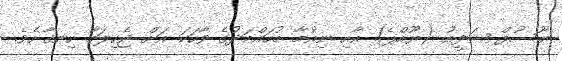
ޔޫސުފް ޝަފީއު (ޔޫއްޕެ) އާއި ނިއުމާ މުހައްމަދުގެ ވާހަކަ އަށް ޖެހިލަމާ ހިނގާށެވެ.